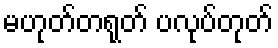
မဟုတ်တရုတ် ပလုပ်တုတ်